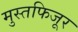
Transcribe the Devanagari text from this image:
मुस्तफिजूर